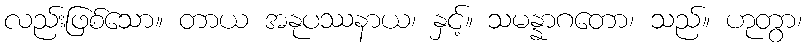
လည်းဖြစ်သော။ တာယ အနုပဿနာယ၊ နှင့်။ သမန္နာဂတော၊ သည်။ ဟုတွာ၊